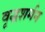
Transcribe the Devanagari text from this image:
वृद्धशर्मन